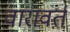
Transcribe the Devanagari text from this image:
वारावर्त